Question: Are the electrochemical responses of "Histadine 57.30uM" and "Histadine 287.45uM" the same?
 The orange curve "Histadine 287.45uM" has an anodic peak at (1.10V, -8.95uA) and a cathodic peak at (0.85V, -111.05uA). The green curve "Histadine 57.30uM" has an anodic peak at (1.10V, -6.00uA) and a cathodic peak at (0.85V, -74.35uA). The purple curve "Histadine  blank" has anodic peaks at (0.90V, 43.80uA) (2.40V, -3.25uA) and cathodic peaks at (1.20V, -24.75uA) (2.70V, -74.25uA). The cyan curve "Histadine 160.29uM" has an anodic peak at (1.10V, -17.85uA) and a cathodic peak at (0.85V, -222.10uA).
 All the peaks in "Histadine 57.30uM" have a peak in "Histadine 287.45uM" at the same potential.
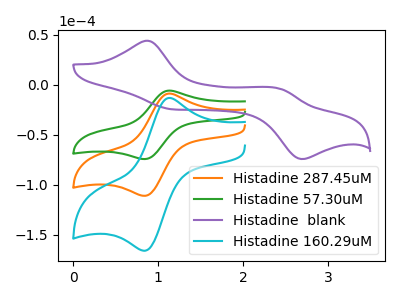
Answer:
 <answer>"Histadine 57.30uM" and "Histadine 287.45uM" are similar in shape.</answer>
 <eval>same_shape</eval>